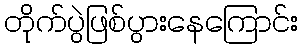
တိုက်ပွဲဖြစ်ပွားနေကြောင်း